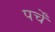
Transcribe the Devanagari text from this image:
पर्चें